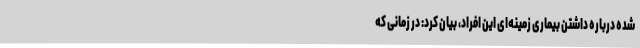
شده درباره داشتن بیماری زمینه‌ای این افراد، بیان کرد: در زمانی که